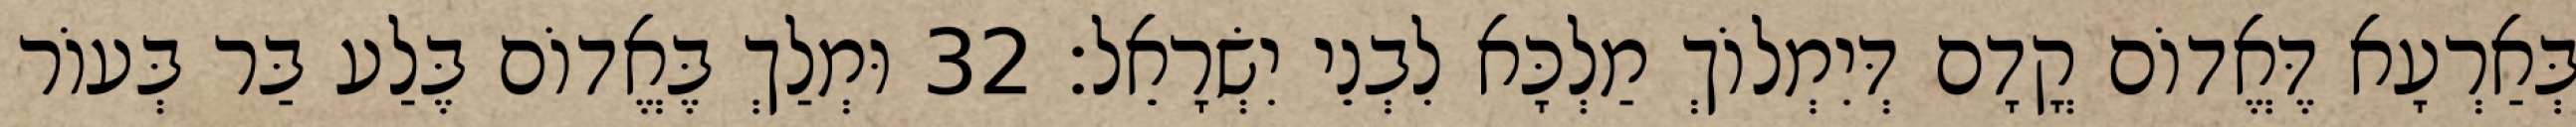
בְּאַרְעָא דֶּאֱדוֹם קֳדָם דְּיִמְלוֹךְ מַלְכָּא לִבְנֵי יִשְׂרָאֵל׃ 32 וּמְלַךְ בֶּאֱדוֹם בֶּלַע בַּר בְּעוֹר